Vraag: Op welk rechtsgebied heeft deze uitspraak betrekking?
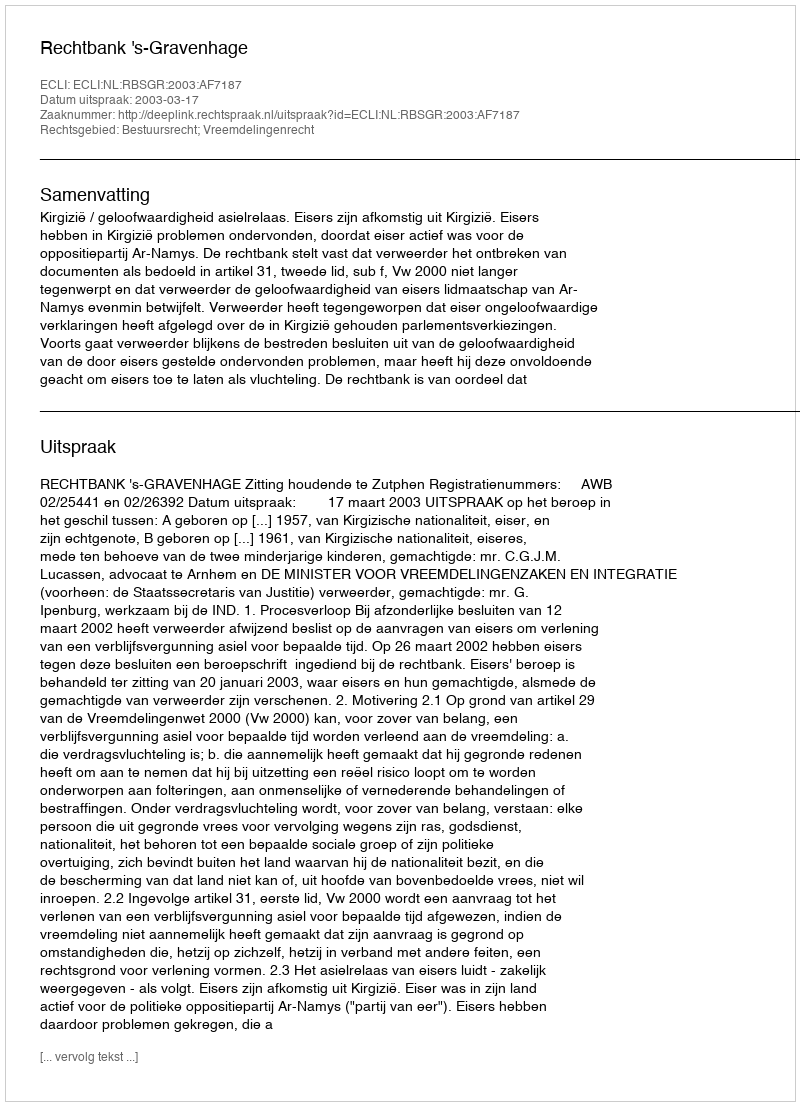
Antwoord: Bestuursrecht; Vreemdelingenrecht